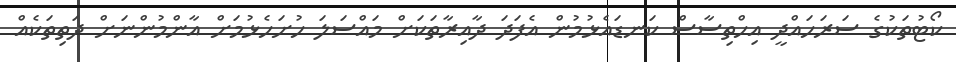
ކޯޓުތަކުގެ ސަރަހައްދީ އިހްތިސާސް ކަނޑައެޅުމުން އެފަދަ ދާއިރާތަކަށް މައްސަލަ ހުށަހެޅުމަށް އާންމުންނަށް ދަތިތަކެއް